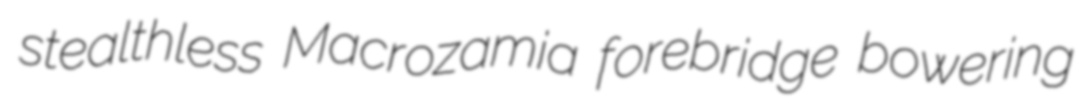
stealthless Macrozamia forebridge bowering